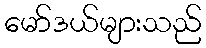
မော်ဒယ်များသည်